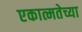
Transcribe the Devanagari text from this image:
एकात्मतेच्या